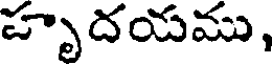
హృదయము,